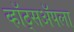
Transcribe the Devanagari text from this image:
व्हॉट्सॲपला